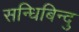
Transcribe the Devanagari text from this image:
सन्धिबिन्दु